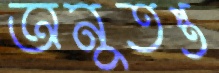
অনুতপ্ত